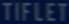
TIFLET